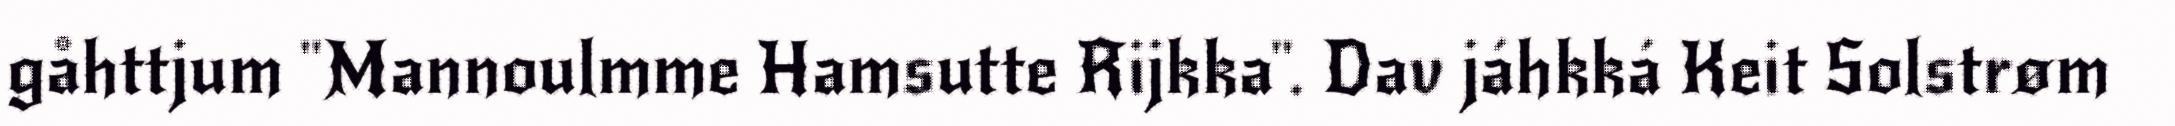
gåhttjum "Mannoulmme Hamsutte Rijkka". Dav jáhkká Keit Solstrøm